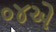
૦૪એ